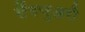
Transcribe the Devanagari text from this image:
सैंगचुअरी